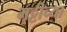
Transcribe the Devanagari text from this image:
भट्टीच्या